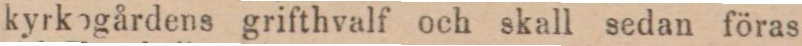
kyrkogårdens grifthvalf och skall sedan föras